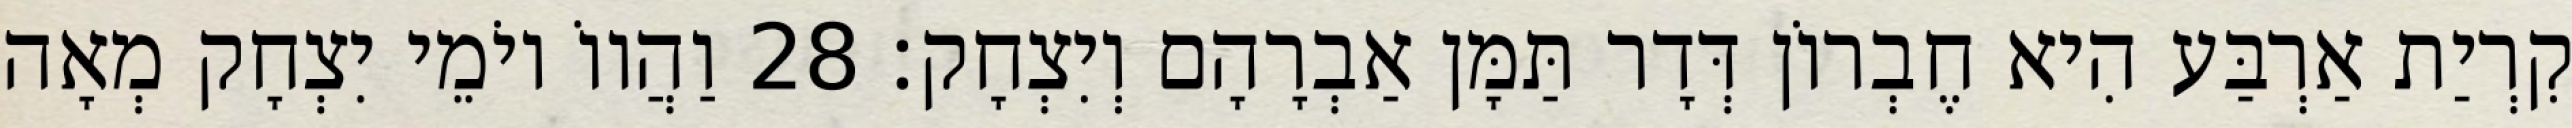
קִרְיַת אַרְבַּע הִיא חֶבְרוֹן דְּדָר תַּמָּן אַבְרָהָם וְיִצְחָק׃ 28 וַהֲווֹ יוֹמֵי יִצְחָק מְאָה